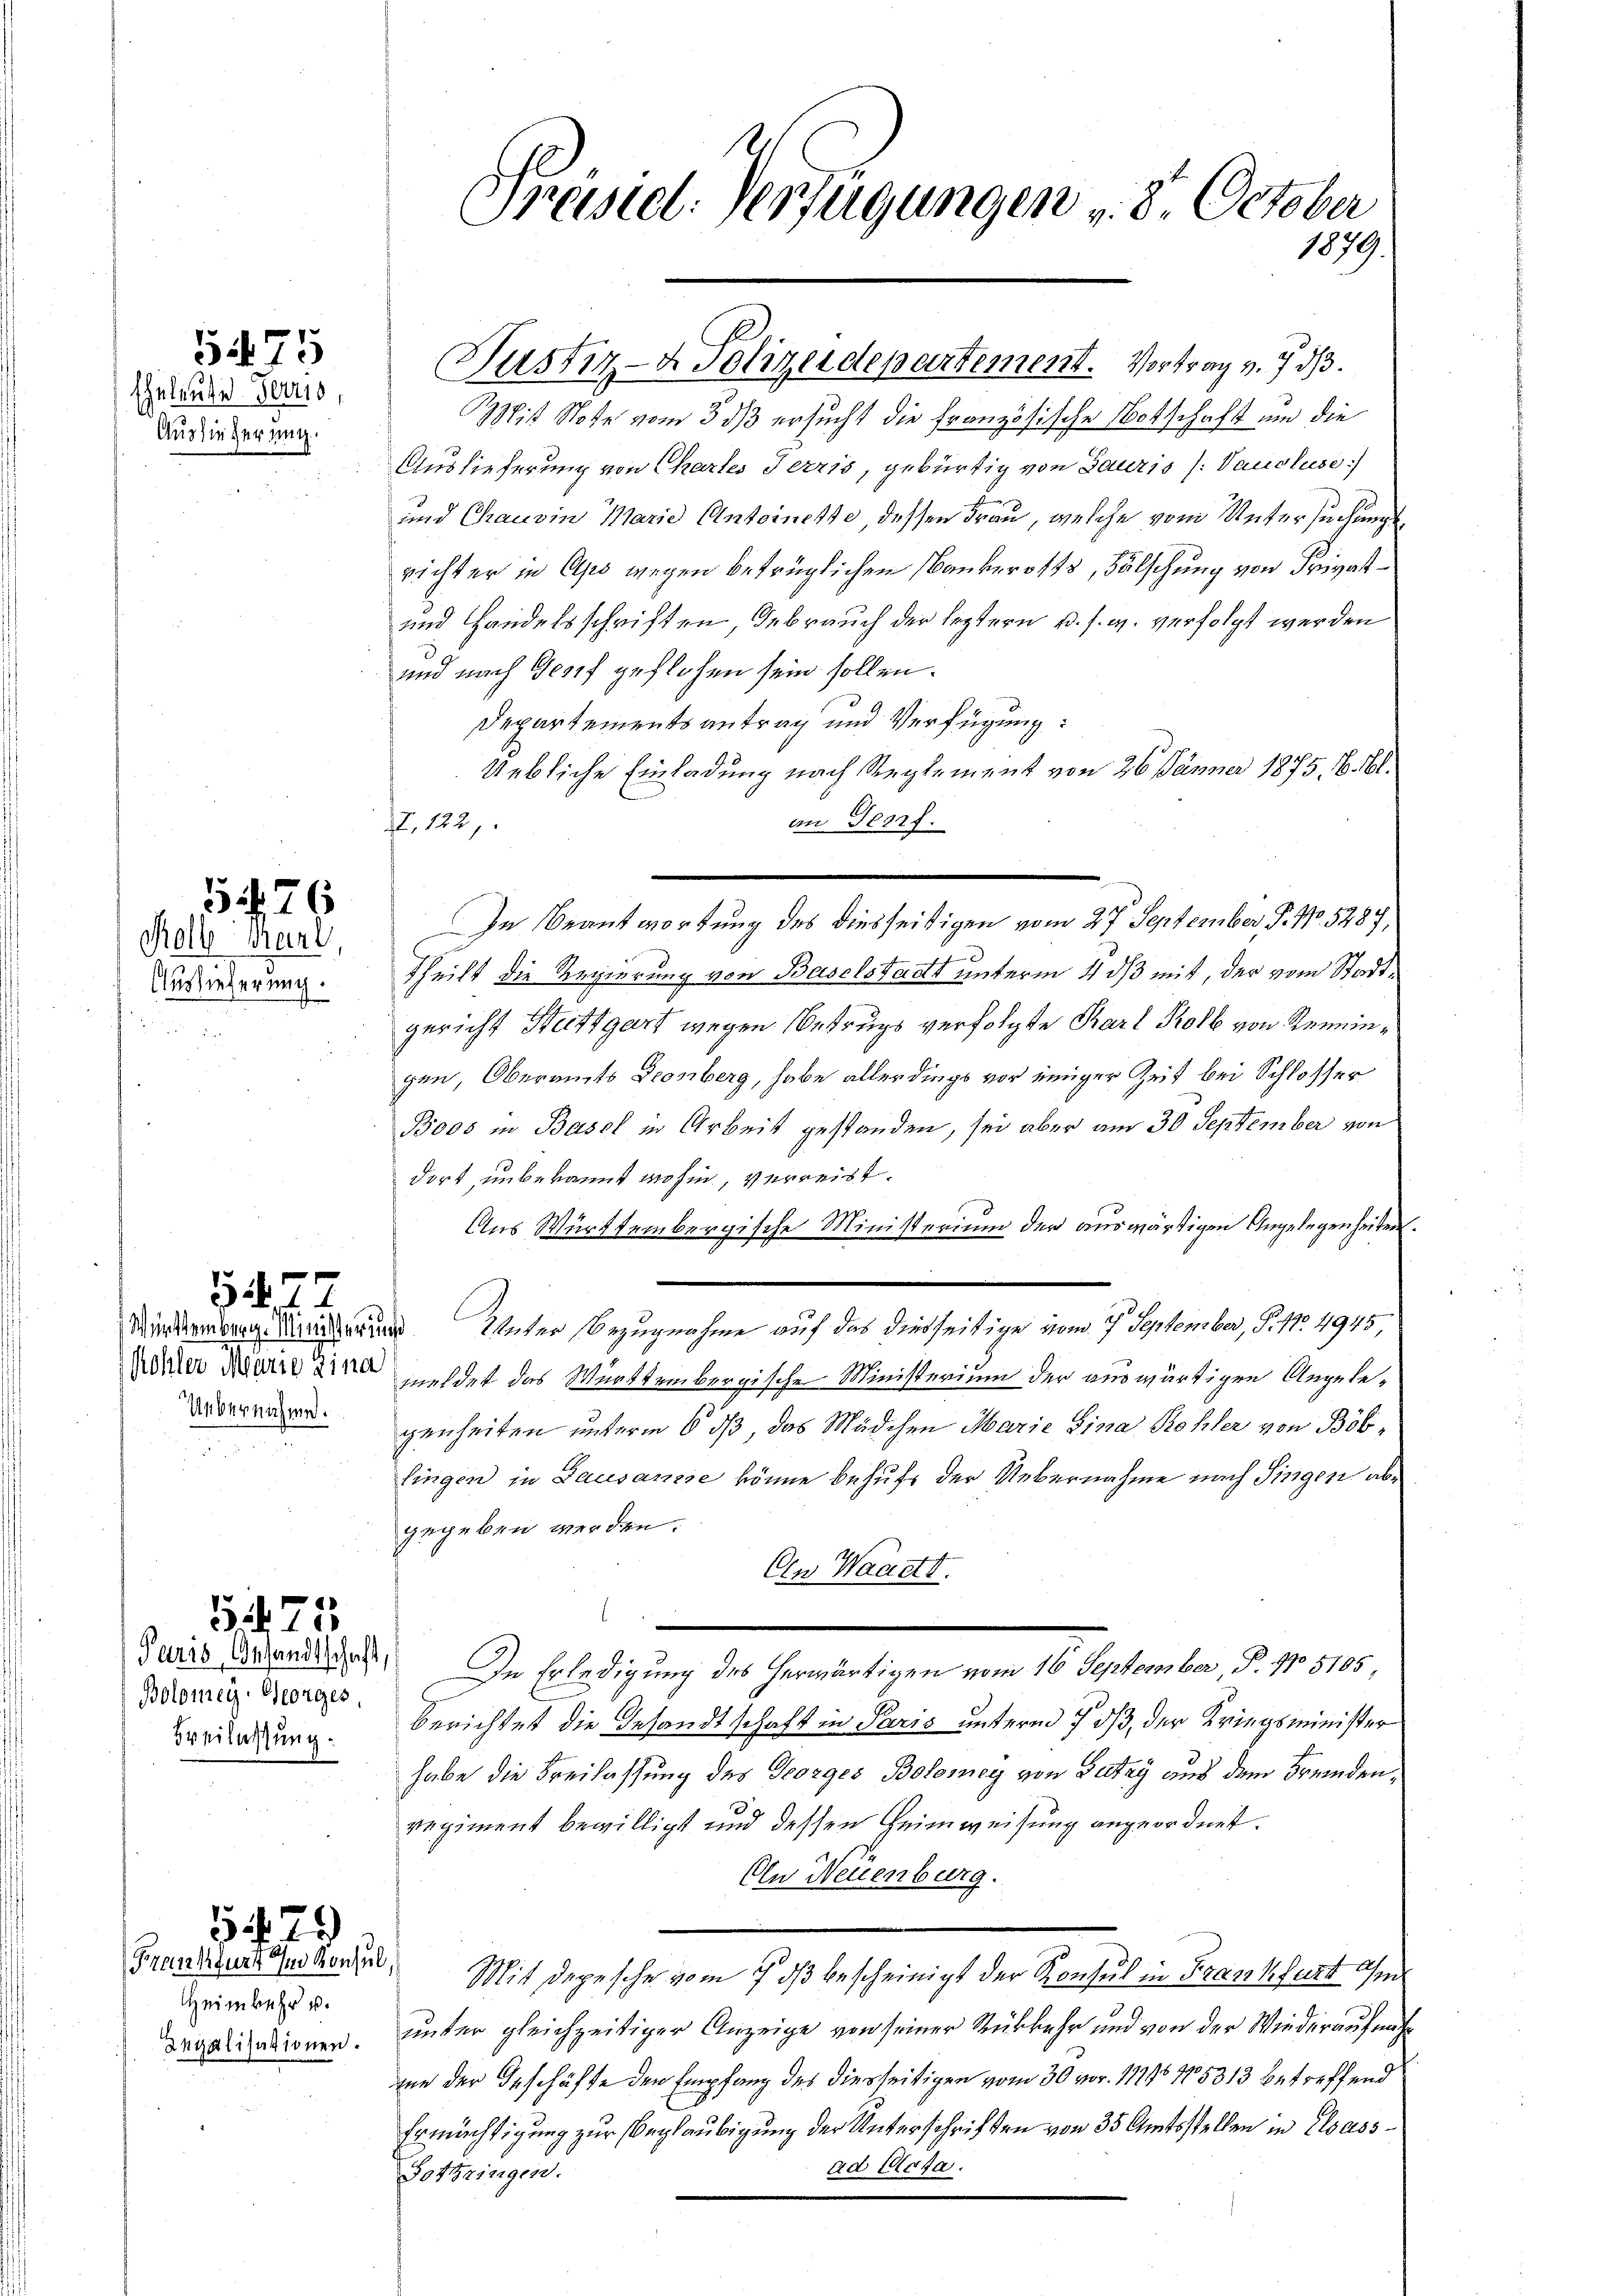
Eheleute Herrs
Auslieferung.

5475

26
Rolf Karl,

Auslieferung.

Uebernichte.

5477

Paris, Gesandtschaft,
Bolomey- Georges,
Breilassung.

5475

Heimkehr u.

29)

Wit Note vom 3 dß ersucht die französische Notschaft um die
Auslieferung von Chartes Terris, gebürtig von Sauris (Vaucluse:
und Chauvin Marie Antoinette, dessen Frau, welche vom Untersuchungsrichter in Apo wegen betrüglichen Bankerotts, Fälschung von Frivat¬
und Handelsschriften, Gebrauch der leztern u. s. w. verfolgt werden
und nach Genf geflosen sein sollen.
Departementsantrag und Verfügung:
Uebliche Einladung nach Reglement von 26 Jänner 1875, B. Bl.
an Genf.
f. 122,
In Beantwortung des diesseitigen vom 27. September, P. No. 5287,
e
Theilt die Regierung von Baselstadt unterm 4 dß mit, der vom Stadtgericht Stuttgart wegen Betrugs verfolgte Karl Kolb von Renningen, Oberamts Geonberg, habe allerdings vor einiger Zeit bei Schlosser
Boos in Basel in Arbeit gestanden, sei aber am 30 September von
dort, unbekannt wohin, verreist.
Aus Württembergische Ministerium der auswärtigen Angelegenheiten.
Mindenberg Kindern Unter Bezugnahme auf das diesseitige vom 7. September, S. 11. 4945,
Adler Mater in meldet das Württembergische Ministerium der auswärtigen Angelegenheiten unterm 6 dß, das Mädchen Marie Sina Kohler von Böbsingen in Lausanie könne behufs der Uebernahme nach Singen abgegeben werden.
An Waadtt.
In Erledigung des herwärtigen vom 16 September P. No 5105,
berichtet die Gesandtschaft in Paris unterm 7 dß, der Kriegsminister
habe die Freilassung des Georges Bolomey von Satzy aus dem Fremdenregiment bewilligt und dessen Heimweisung angeordnet.
On Neuenburg.
Brauteurs geworden. Mit Depesche vom 7. ds bescheinigt der Konsul in Frankfurt ohn
orialisationen. Unter gleichzeitiger Anzeige von seiner Rückkehr und von der Wiederaufnahzue der Geschäfte den Empfang des diesseitigen vom 30. vor 11798 15313 betreffend
Ermächtigung zur Beglaubigung der Unterschriften von 35 Amtsstellen in Elsassad Acta.
Gothringen.

Justiz- & Polizeidepartement. Vortrag v. 7. d.

Preisie-Verfügungen v. 8. October
1879.